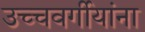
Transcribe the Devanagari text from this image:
उच्चवर्गीयांना